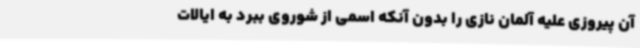
آن پیروزی علیه آلمان نازی را بدون آنکه اسمی از شوروی ببرد به ایالات